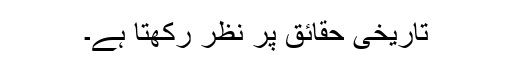
تاریخی حقائق پر نظر رکھتا ہے۔